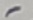
Text: -